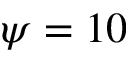
\psi = 1 0